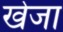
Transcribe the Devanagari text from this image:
खेजा